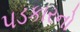
પડકારનો